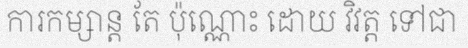
ការកម្សាន្ត តែ ប៉ុណ្ណោះ ដោយ វិវត្ត ទៅជា